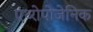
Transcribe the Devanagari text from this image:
एंथ्‍रोपोजेनिक